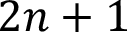
2 n + 1